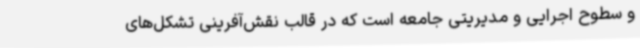
و سطوح اجرایی و مدیریتی جامعه است که در قالب نقش‌آفرینی تشکل‌های